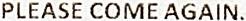
PLEASE COME AGAIN.